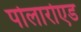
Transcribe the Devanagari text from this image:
पोलारोएड